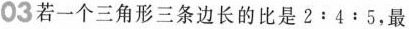
03若一个三角形三条边长的比是2:4:5，最